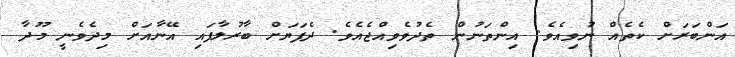
އަންބަރަށް ކެތެއް ނުވިއެވެ. އިންތަނުން ތެދުވެވިއްޖެއެވެ. ދެފަޔަށް ބާރުލާފައި އޭނާއަށް މިދެވެނީ މޫދާ